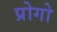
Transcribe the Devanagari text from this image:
प्रोगो